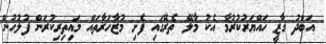
އަބްދު ގާޒީ ހައްޔަރުކުރުމާ އެކު މާލޭ ތެރޭގައި ފެށި މުޒާހަރާތައް މައިތިރިކުރަން ފުލުހުން